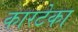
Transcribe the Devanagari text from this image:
कारटेका